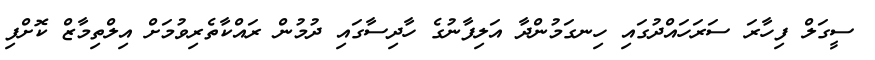
ސީގަލް ފިހާރަ ސަރަހައްދުގައި ހިނގަމުންދާ އަލިފާނުގެ ހާދިސާގައި ދުމުން ރައްކާތެރިވުމަށް އިލްތިމާޒް ކޮށްފި